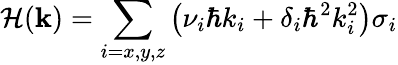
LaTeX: \mathcal{H}(\textbf{k})=\sum_{i=x,y,z}\left(\nu_{i}\hbar k_{i}+\delta_{i}\hbar^{2}k_{i}^{2}\right)\sigma_{i}